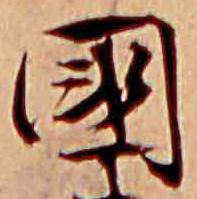
国